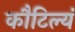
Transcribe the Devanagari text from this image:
कौटिल्यं